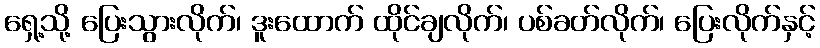
ရှေ့သို့ ပြေးသွားလိုက်၊ ဒူးထောက် ထိုင်ချလိုက်၊ ပစ်ခတ်လိုက်၊ ပြေးလိုက်နှင့်